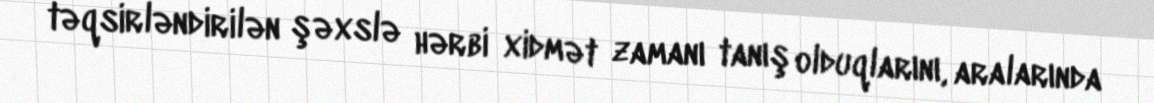
təqsirləndirilən şəxslə hərbi xidmət zamanı tanış olduqlarını, aralarında